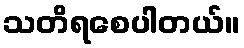
သတိရစေပါတယ်။